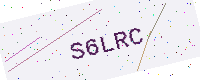
Text: S6LRC